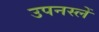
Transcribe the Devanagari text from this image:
उपनस्लें